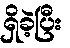
ရှိခဲ့ပြီး